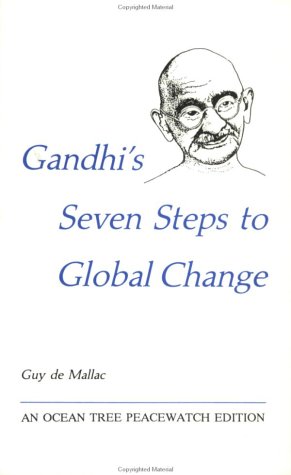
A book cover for Gandhi's Seven Steps to Global Change (Peacewatch Edition); Guy De Mallac; Religion & Spirituality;